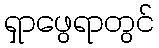
ရှာဖွေရာတွင်